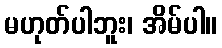
မဟုတ်ပါဘူး၊ အိမ်ပါ။